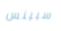
سبينس